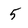
Character: 5